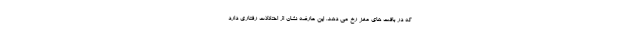
که در بافت های مغز رخ می دهد. این عارضه نشان از اختلالات رفتاری دارد